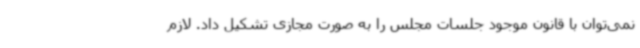
نمی‌توان با قانون موجود جلسات مجلس را به صورت مجازی تشکیل داد. لازم